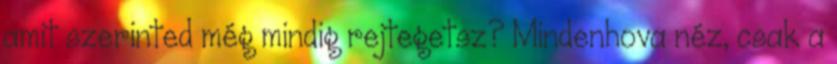
amit szerinted még mindig rejtegetsz? Mindenhova néz, csak a